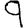
Digit: 9